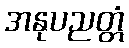
အနုပညတ္တံ